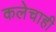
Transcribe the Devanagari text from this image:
कलेचाही